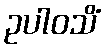
ဥပါဝသိံ